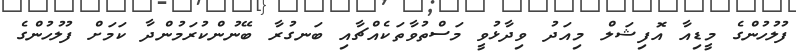
ފުލުހުންގެ މީޑިއާ އޮފިޝަލް މިއަދު ވިދާޅުވީ މަސްތުވާތަކެއްޗާއި ބަނގުރާ ބޭނުންކުރަމުންދާ ކަމަށް ފުލުހުންގެ